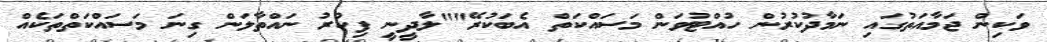
ވަކިން ޖަމާއަތުގައި ނަމާދުކުރުން ހުއްޓުވަން މަސައްކަތް އެބަކުރޭ""ލާދީނީ ފިކުރު ނައްތާލަން ގިނަ މަސައްކަތްތަކެއް